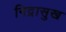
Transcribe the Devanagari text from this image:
निद्रासुख